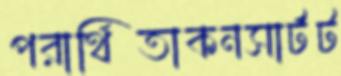
পরার্থিতাকনসার্টট